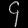
Digit: ၄